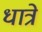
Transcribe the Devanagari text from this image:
धात्रे